Madras plague regulations in force outside the Presidency town - Volume 2
Disease focus: Plague
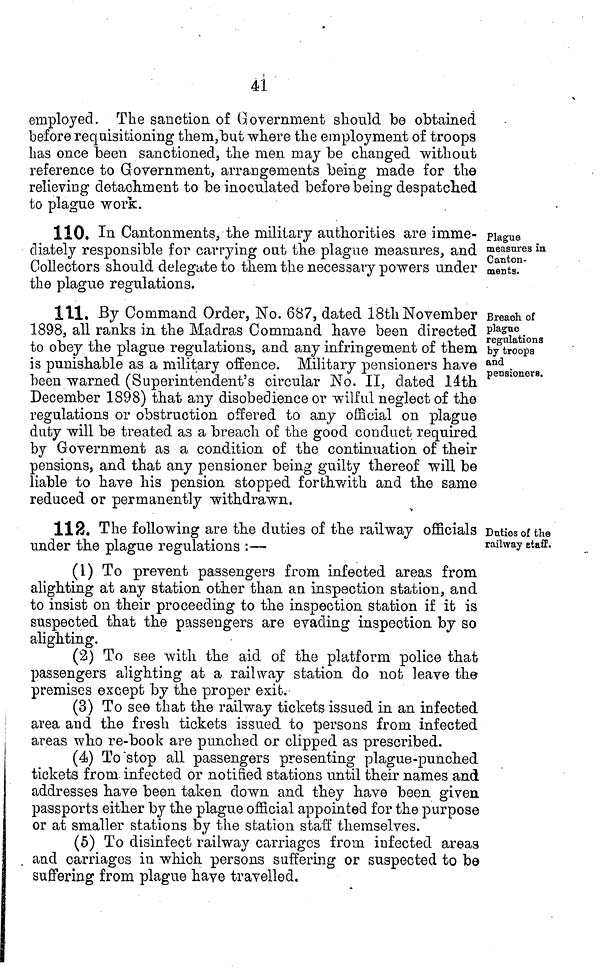
4Í
employed. The sanction, of Government should be obtained
before requisitioning them,but where the employment of troops
has once been sanctioned, tlie men may be changed without
reference to Grovernment, arrangements being made for the
relieving detachment to be inoculated before being despatched
to plague work.
Plague
measures in
Canton-
ments.
110. In Cantonments, the militarj authorities are imme-
diately responsible for carrying out the plague measures, and
Collectors should delegate to them the necessary powers under
the plague regulations.
Breach of
plague
regulations
by troops
and
pensioners.
111. By Command Order, No. 687, dated 18th November
1898, all ranks in the Madras Command have been directed
to obey the plague regulations, and any infringement of them
is punishable as a military offence. Military pensioners have
been warned (Superintendent's circular No. II, dated lath
December 1898) that any disobedience or wilful neglect of the
regulations or obstruction offered to any official on plague
duty will be treated as a breach of the good conduct required
by Government as a condition of the continuation of their
pensions, and that any pensioner being guilty thereof will be
liable to have his pension stopped forthwith and the same
reduced or permanently withdrawn.
Duties of the
railway staff.
112. The following are the duties of the railway officials ]
under the plague regulations :—
]
(1) To prevent passengers from infected areas from
alighting at any station other than an inspection station, and
to insist on their proceeding to the inspection station if it is
suspected that the passengers are evading inspection by so
alighting.
(2) To see with the aid of the platform police that
passengers alighting at a railway station do nob leave the
premises except by the proper exit.
(3) To see that the railway tickets issued in an infected
area and the fresh tickets issued to persons from infected
areas who re-book are punched or clipped as prescribed.
(4) To "stop all passengers presenting plague-punched
tickets from infected or notified stations until their names and
addresses have been taken clown and they have been given
passports either by the plague official appointed for the purpose
or at smaller stations by the station staff themselves.
(5) To disinfect railway carriages from infected areas
and carriages in which persons suffering or suspected to be
suffering from plague have travelled.